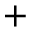
+